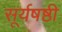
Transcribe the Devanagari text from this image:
सूर्यषष्ठी